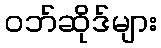
ဝဘ်ဆိုဒ်များ